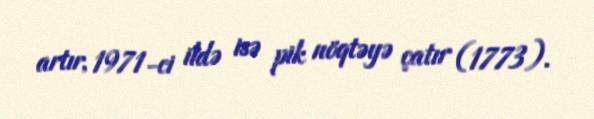
artır, 1971-ci ildə isə pik nöqtəyə çatır (1773).